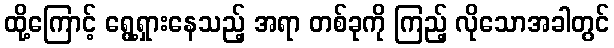
ထို့ကြောင့် ရွေ့ရှားနေသည့် အရာ တစ်ခုကို ကြည့် လိုသောအခါတွင်